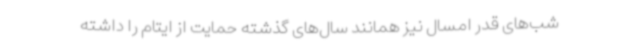
شب‌های قدر امسال نیز همانند سال‌های گذشته حمایت از ایتام را داشته